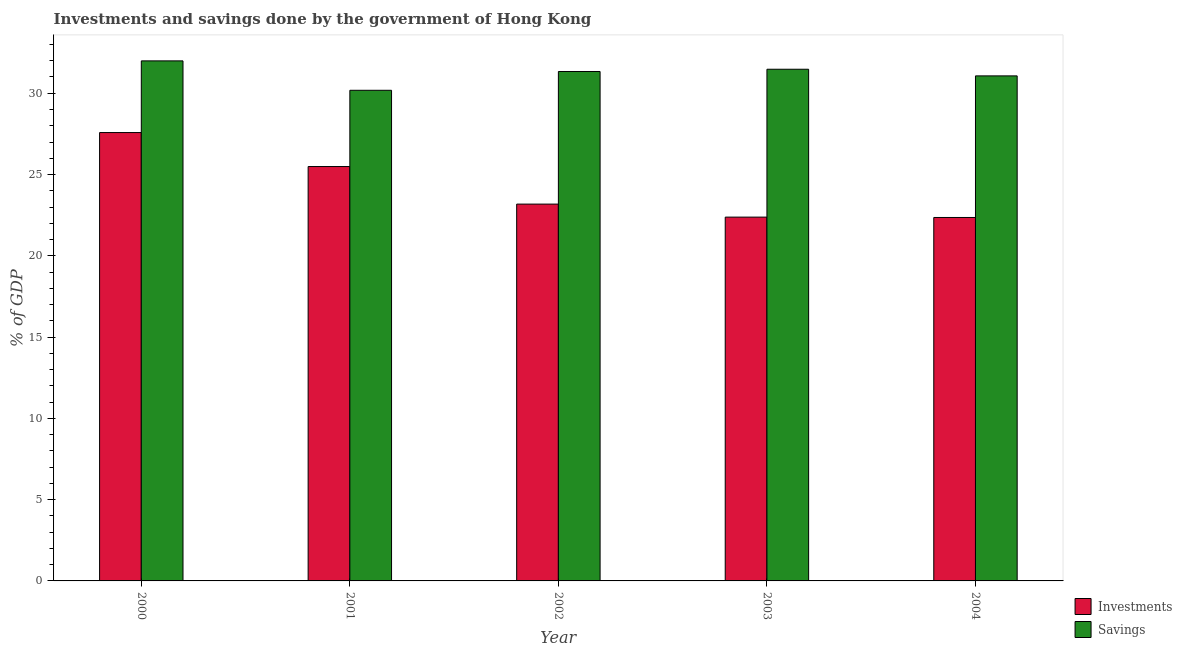
| Year | Investments | Savings |
 | --- | --- | --- |
 | 2000 | 27.6 | 32 |
 | 2001 | 25.5 | 30.2 |
 | 2002 | 23.2 | 31.3 |
 | 2003 | 22.4 | 31.5 |
 | 2004 | 22.4 | 31.1 |